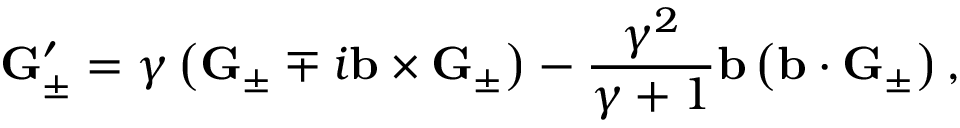
\mathbf { G } _ { \pm } ^ { \prime } = \gamma \left( \mathbf { G } _ { \pm } \mp i \mathbf { b } \times \mathbf { G } _ { \pm } \right) - \frac { \gamma ^ { 2 } } { \gamma + 1 } \mathbf { b } \left( \mathbf { b } \cdot \mathbf { G } _ { \pm } \right) ,